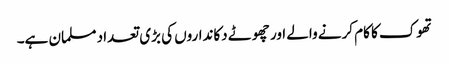
تھوک کا کام کرنے والے اور چھوٹے دکانداروں کی بڑی تعداد مسلمان ہے۔